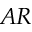
A R